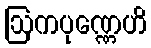
ဩကပုဏ္ဏေဟိ